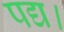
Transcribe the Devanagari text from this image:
पद्य।